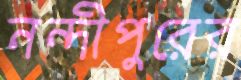
নন্দীপুরের